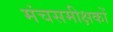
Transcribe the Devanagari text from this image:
मंचसमीक्षकों